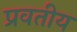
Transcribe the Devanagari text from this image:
प्रवतीय